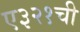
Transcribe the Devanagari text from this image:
ए३२१ची